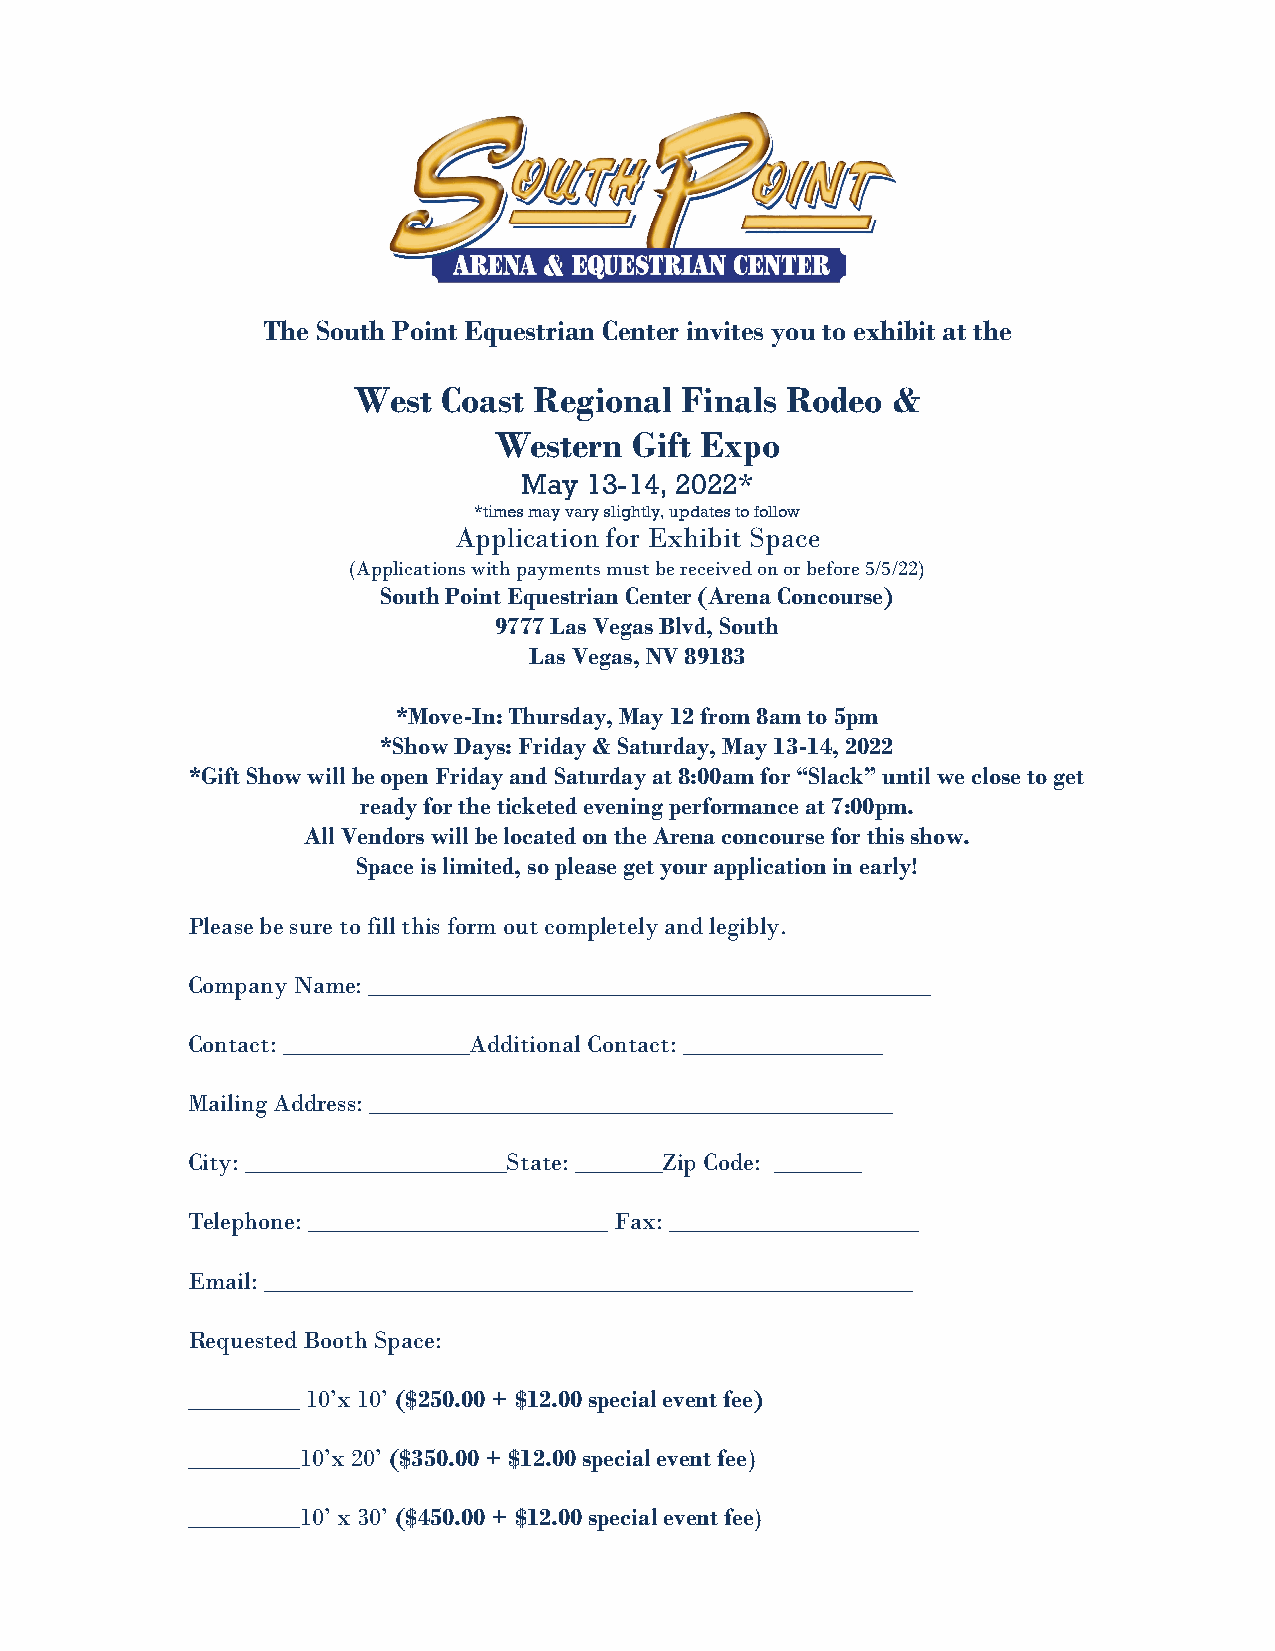
The South Point Equestrian Center invites you to exhibit at the
 West  Coast Regional  Finals Rodeo  &
 Western  Gift Expo
 May 13-14, 2022*
 *times may vary slightly, updates to follow
 Application for Exhibit Space
 (Applications with payments must be received on or before 5/5/22)
 South Point Equestrian Center (Arena Concourse)
 9777 Las Vegas Blvd, South
 Las Vegas, NV 89183
 *Move-In: Thursday, May 12 from 8am to 5pm
 *Show Days: Friday & Saturday, May 13-14, 2022
 *Gift Show will be open Friday and Saturday at 8:00am for “Slack” until we close to get
 ready for the ticketed evening performance at 7:00pm.
 All Vendors will be located on the Arena concourse for this show.
 Space is limited, so please get your application in early!
 Please be sure to fill this form out completely and legibly.
 Company Name: _____________________________________________
 Contact: _______________Additional Contact: ________________
 Mailing Address: __________________________________________
 City: _____________________State: _______Zip Code: _______
 Telephone: ________________________ Fax: ____________________
 Email: ____________________________________________________
 Requested Booth Space:
 _________ 10’x 10’ ($250.00 + $12.00 special event fee)
 _________10’x 20’ ($350.00 + $12.00 special event fee)
 _________10’ x 30’ ($450.00 + $12.00 special event fee)